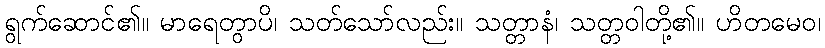
ရွက်ဆောင်၏။ မာရေတွာပိ၊ သတ်သော်လည်း။ သတ္တာနံ၊ သတ္တဝါတို့၏။ ဟိတမေဝ၊